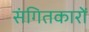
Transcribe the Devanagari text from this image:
संगितकारों